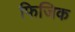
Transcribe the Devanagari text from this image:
फिजिक